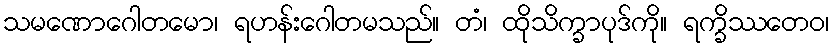
သမဏောဂေါတမော၊ ရဟန်းဂေါတမသည်။ တံ၊ ထိုသိက္ခာပုဒ်ကို။ ရက္ခိဿတေဝ၊